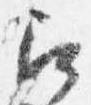
召